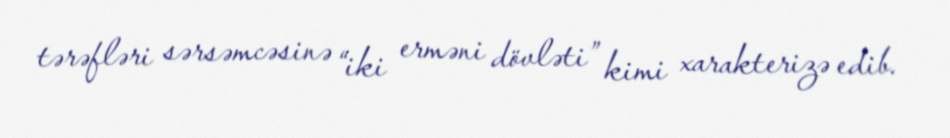
tərəfləri sərsəmcəsinə “iki erməni dövləti” kimi xarakterizə edib.